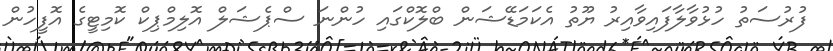
ފުރުސަތު ހުޅުވާލާފައިވާއިރު ޔޫތު އެކަމަޑޭޝަން ބްލޮކްގައި ހުންނަ ސްޕެޝަލް އޮލިމްޕިކް ކޮމިޓީގެ އޮފީހުން